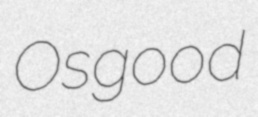
Osgood